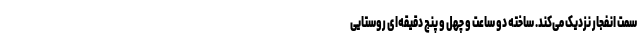
سمت انفجار نزدیک می‌کند. ساخته دو ساعت و چهل و پنج دقیقه‌ای روستایی